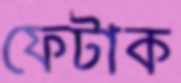
ফেটাক